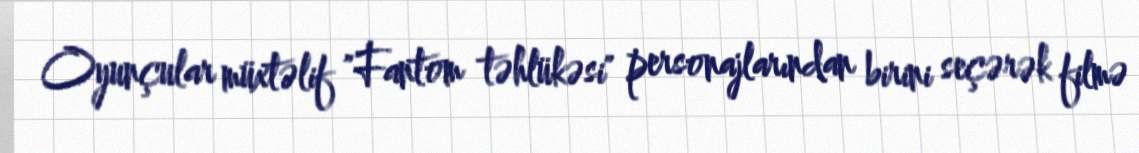
Oyunçular müxtəlif "Fantom təhlükəsi" personajlarından birini seçərək filmə